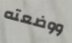
ووضعته